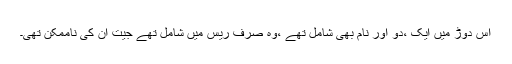
اس دوڑ میں ایک ،دو اور نام بھی شامل تھے ،وہ صرف ریس میں شامل تھے جیت ان کی ناممکن تھی۔